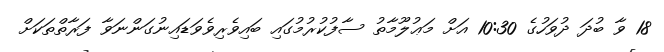
18 ވާ ބުދަ ދުވަހުގެ 10:30 އަށް މަޢުލޫމާތު ސާފުކުރުމުގައި ބައިވެރިވެވަޑައިނުގަންނަވާ ފަރާތްތަކަށް